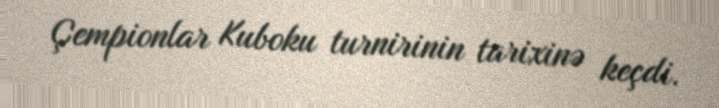
Çempionlar Kuboku turnirinin tarixinə keçdi.